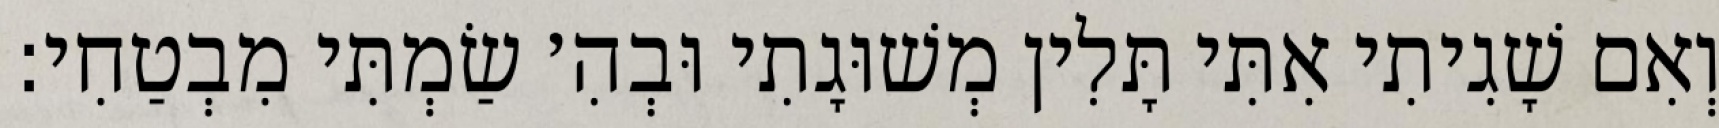
וְאִם שָׁגִיתִי אִתִּי תָּלִין מְשׁוּגָתִי וּבְהִ׳ שַׂמְתִּי מִבְטַחִי: